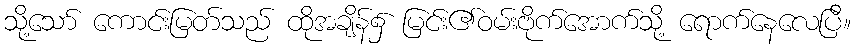
သို့သော် ကောင်းမြတ်သည် ထိုအချိန်၌ မြင်း၏ဝမ်းဗိုက်အောက်သို့ ရောက်နေလေပြီ။